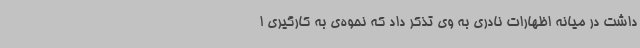
داشت در میانه اظهارات نادری به وی تذکر داد که نحوه‌ی به کارگیری ا